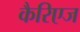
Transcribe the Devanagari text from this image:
कैरिएज